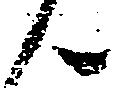
ん